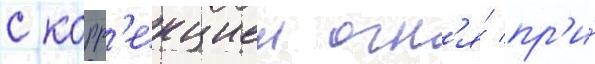
с корр'екциеи огн'я́ пр'и́